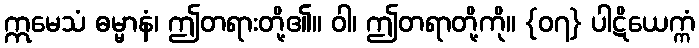
ဣမေသံ ဓမ္မာနံ၊ ဤတရားတို့၏။ ဝါ၊ ဤတရာတို့ကို။ {၀၇} ပါဋိယေက္ကံ